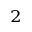
_ 2